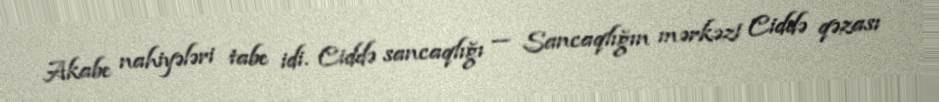
Akabe nahiyələri tabe idi. Ciddə sancaqlığı — Sancaqlığın mərkəzi Ciddə qəzası